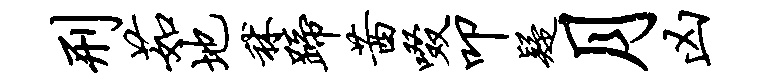
刑茹地秫蹄茜啜叩疑月凶